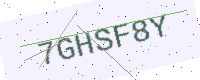
Text: 7GHSF8Y